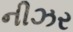
નીઝર